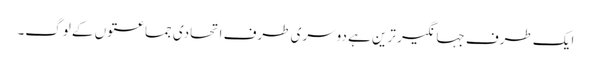
ایک طرف جہانگیر ترین ہے دوسری طرف اتحادی جماعتوں کے لوگ۔